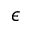
\epsilon